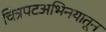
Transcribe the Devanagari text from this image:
चित्रपटअभिनयातून